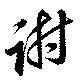
謝